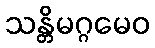
သန္တိမဂ္ဂမေဝ